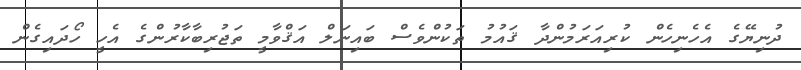
ދުނިޔޭގެ އެހެނިހެން ކުރިއަރަމުންދާ ޤައުމު ތަކުންވެސް ބައިނަލް އަޤްވާމީ ތަޖުރިބާކާރުންގެ އެހީ ހޯދައިގެން